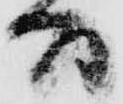
間